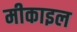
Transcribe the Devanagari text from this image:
मीकाइल